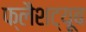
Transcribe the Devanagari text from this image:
फ्लैशट्यूब